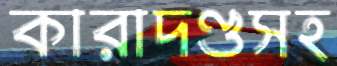
কারাদণ্ডসহ